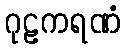
ဂုဠကရဏံ